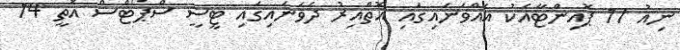
ނިއު 17 ޕޮއިންޓާއެކު އެއްވަނައިގައި އޮތްއިރު ދެވަނައިގައި ޓީސީ ސްޕޯޓްސް އޮތީ 14